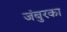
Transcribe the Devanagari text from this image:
जंबुरका